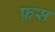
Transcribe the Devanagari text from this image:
फ़स